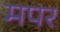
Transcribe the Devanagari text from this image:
मपर